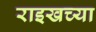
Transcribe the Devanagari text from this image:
राइखच्या